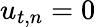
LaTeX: u_{t,n}=0